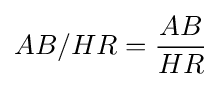
AB/HR={\frac {AB}{HR}}